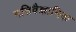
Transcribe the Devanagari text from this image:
गतिवैज्ञानिक